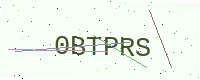
Text: 0BTPRS